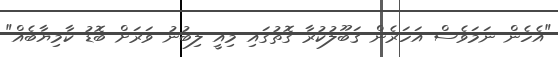
"އެހެން ނަމަވެސް އަހަރެން ޤަބޫލުކުރާ ގޮތުގައި މިއީ ލިބުނު ވަރަށް ބޮޑު ކާމިޔާބެއް"